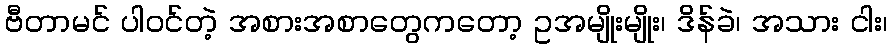
ဗီတာမင် ပါဝင်တဲ့ အစားအစာတွေကတော့ ဥအမျိုးမျိုး၊ ဒိန်ခဲ၊ အသား ငါး၊